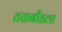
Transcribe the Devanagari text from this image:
तळबीडला